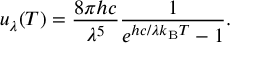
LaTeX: u _ { \lambda } ( T ) = { \frac { 8 \pi h c } { \lambda ^ { 5 } } } { \frac { 1 } { e ^ { h c / \lambda k _ { \mathrm { B } } T } - 1 } } .